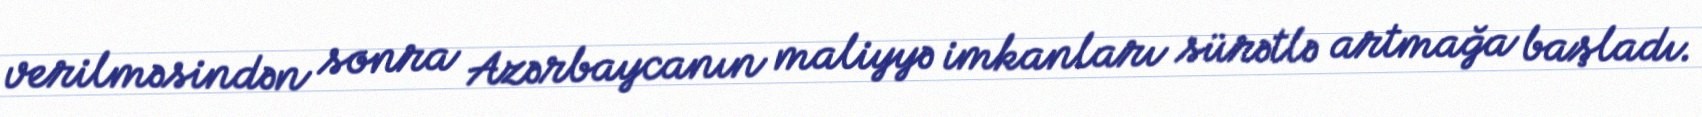
verilməsindən sonra Azərbaycanın maliyyə imkanları sürətlə artmağa başladı.